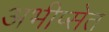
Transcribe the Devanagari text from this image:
अभीप्सेत